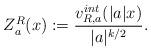
LaTeX: \begin{align*}Z_a^R(x):=\frac{v_{R,a}^{int} (|a|x)}{|a|^{k/2}}.\end{align*}